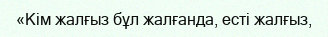
«Кім жалғыз бұл жалғанда, есті жалғыз,